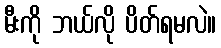
မီးကို ဘယ်လို ပိတ်ရမလဲ။